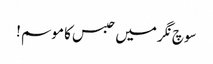
سوچ نگر میں حبس کا موسم !